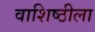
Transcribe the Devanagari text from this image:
वाशिष्ठीला